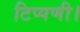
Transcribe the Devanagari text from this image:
टिप्पणी।